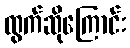
ထွက်ဆိုကြောင်း